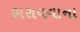
ભરાવવાના